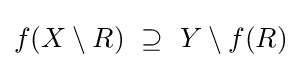
f(X\setminus R)~\supseteq ~Y\setminus f(R)